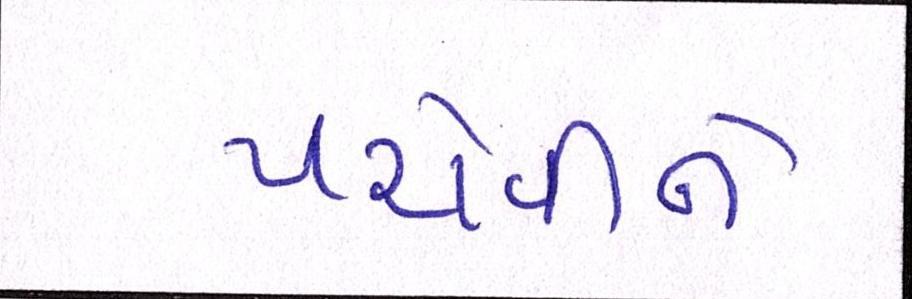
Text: પરોવીને